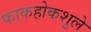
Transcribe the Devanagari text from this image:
फाकहोकशुले